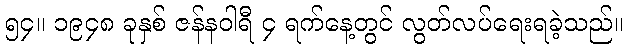
၅၄။ ၁၉၄၈ ခုနှစ် ဇန်နဝါရီ ၄ ရက်နေ့တွင် လွတ်လပ်ရေးရခဲ့သည်။